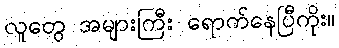
လူတွေ အများကြီး ရောက်နေပြီကိုး။